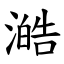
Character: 澔